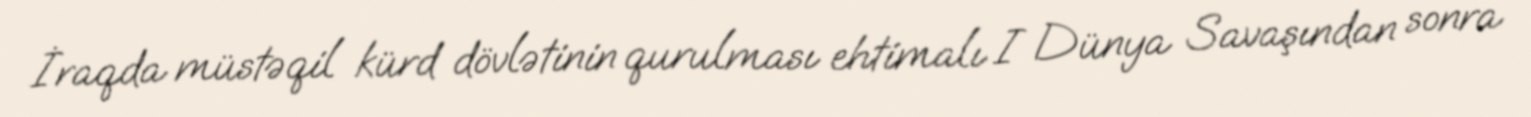
İraqda müstəqil kürd dövlətinin qurulması ehtimalı I Dünya Savaşından sonra